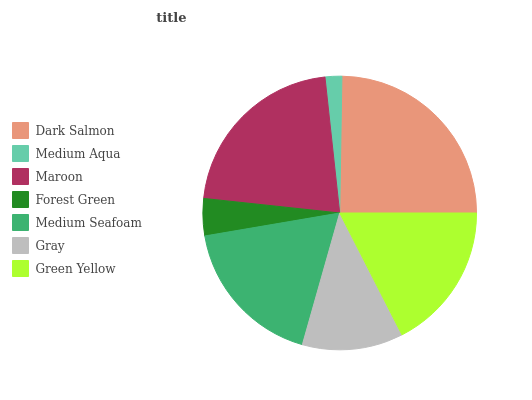
| Dark Salmon | Medium Aqua | Maroon | Forest Green | Medium Seafoam | Gray | Green Yellow |
 | --- | --- | --- | --- | --- | --- | --- |
 | 24.7% | 1.97% | 21.6% | 4.37% | 18% | 11.9% | 17.5% |